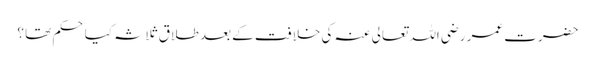
حضرت عمر رضی اللہ تعالی عنہ کی خلافت کے بعد طلاق ثلاثہ کیا حکم تھا ؟